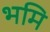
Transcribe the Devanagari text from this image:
भमि